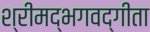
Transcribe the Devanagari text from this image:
श्रीमद्‌भगवद्‍गीता